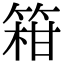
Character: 䈤